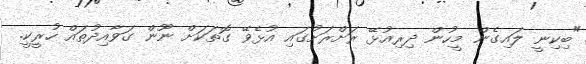
"ބިކިނީ ލައިގެން މީހުން ދިރިއުޅޭ ރަށްރަށުގައި އުޅެވޭ ގޮތަކަށް ނޫން ގަވާއިދުތައް ހުރީކީ.